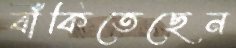
বাঁকিতেছেন